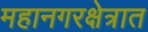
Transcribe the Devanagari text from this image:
महानगरक्षेत्रात